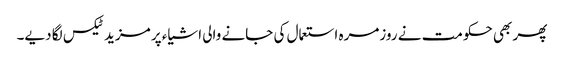
پھر بھی حکومت نے روزمرہ استعمال کی جانے والی اشیاء پر مزید ٹیکس لگا دیے۔